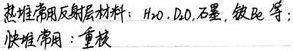
热堆常用反射层材料：$\text{H}_2\text{O}$，$\text{D}_2\text{O}$，石墨，铍等；快堆常用：重核